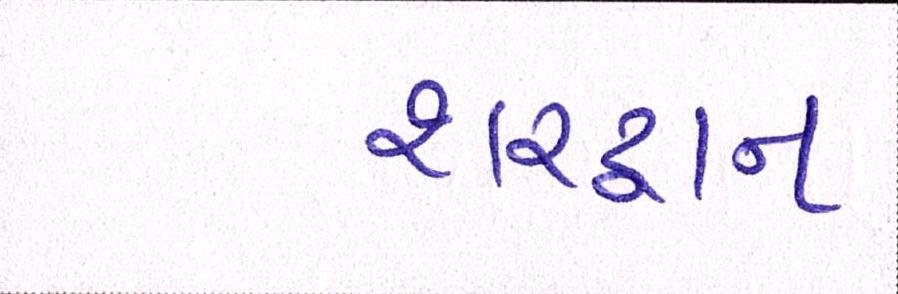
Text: શરદ્વાન